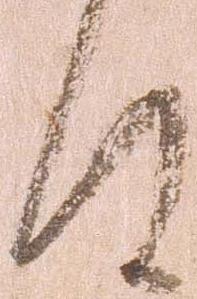
件